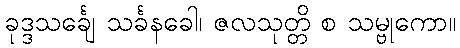
ခုဒ္ဒသင်္ချေ သင်္ခနခေါ၊ ဇလသုတ္တိ စ သမ္ဗုကော။